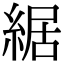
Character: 䋧